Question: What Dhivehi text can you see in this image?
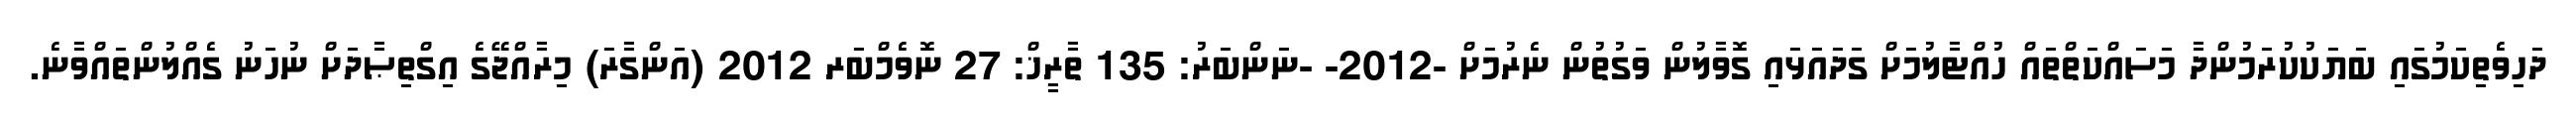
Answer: ދަހިވެތިކަމުގައި ބަޔަކުކުރަމުންދާ މަސައްކަތްތައް ހުއްޓާލުމަށް ގަދައަޅައި ގޮވާލުން ވަގުތުން ނެރުމަށް -2012- -ނަންބަރު: 135 ތާރީޚް: 27 ނޮވެމްބަރ 2012 (އަންގާރަ) މިރާއްޖޭގެ އިގްތިޞާދަށް ނުހަނު ގެއްލުންތައްވާނެ.